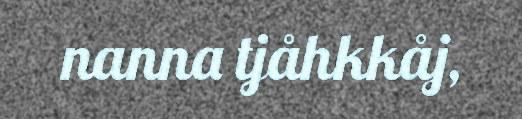
nanna tjåhkkåj,